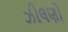
ઝીલણો